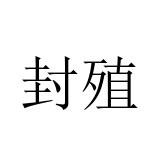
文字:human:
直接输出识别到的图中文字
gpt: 封殖